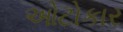
ઓટોકાર